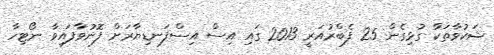
ޝަކުވާތަކާ ގުޅިގެން 25 ފެބްރުއަރީ 2013 ގައި އިސް އިސްފަނޑިޔާރަށް ފޮނުވާފައިވާ ނޯޓިހާ